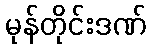
မုန်တိုင်းဒဏ်